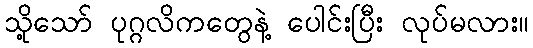
သို့သော် ပုဂ္ဂလိကတွေနဲ့ ပေါင်းပြီး လုပ်မလား။